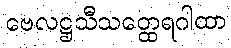
ဗေလဋ္ဌသီသတ္ထေရဂါထာ